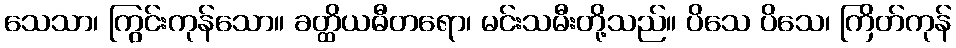
သေသာ၊ ကြွင်းကုန်သော။ ခတ္ထိယဓီတရော၊ မင်းသမီးတို့သည်။ ပိသေ ပိသေ၊ ကြိတ်ကုန်